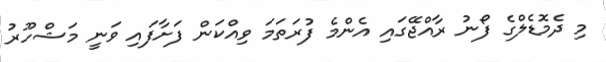
މި ދެމޮޑެލްގެ ފޯނު ރާއްޖޭގައި އެންމެ ފުރަތަމަ ވިއްކަން ފަށާފައި ވަނީ މަޝްހޫރު